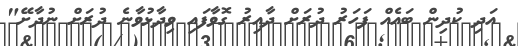
އަދި ކުދިން ބައެއް ފަހަރު ދުރަށް ދާއިރު ގޮވާފައި ވިދާޅުވާނެ ދުރަށް ނުދާށޭ"